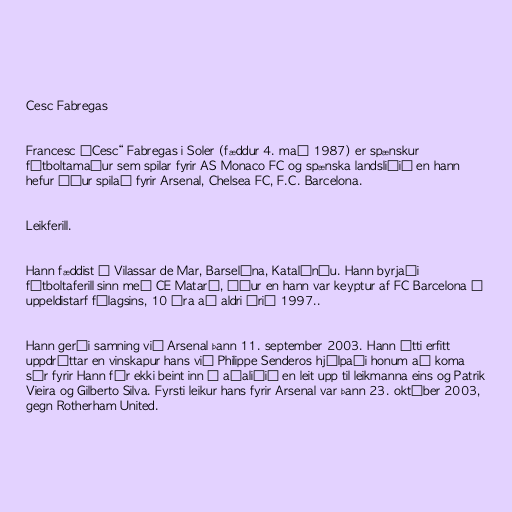
Cesc Fabregas

Francesc „Cesc“ Fabregas i Soler (fæddur 4. maí 1987) er spænskur
fótboltamaður sem spilar fyrir AS Monaco FC og spænska landsliðið en hann
hefur áður spilað fyrir Arsenal, Chelsea FC, F.C. Barcelona.

Leikferill.

Hann fæddist í Vilassar de Mar, Barselóna, Katalóníu. Hann byrjaði
fótboltaferill sinn með CE Mataró, áður en hann var keyptur af FC Barcelona í
uppeldistarf félagsins, 10 ára að aldri árið 1997..

Hann gerði samning við Arsenal þann 11. september 2003. Hann átti erfitt
uppdráttar en vinskapur hans við Philippe Senderos hjálpaði honum að koma
sér fyrir Hann fór ekki beint inn í aðaliðið en leit upp til leikmanna eins og Patrik
Vieira og Gilberto Silva. Fyrsti leikur hans fyrir Arsenal var þann 23. október 2003,
gegn Rotherham United.